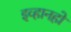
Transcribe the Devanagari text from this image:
इव्हानहो